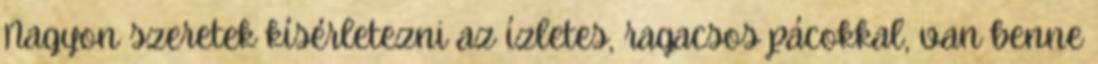
Nagyon szeretek kísérletezni az ízletes, ragacsos pácokkal, van benne